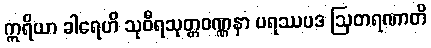
ဣရိယာ ခါရေဟိ သုဝီရသုတ္တဝဏ္ဏနာ ပရဿပဒ ဩတရဏာတိ